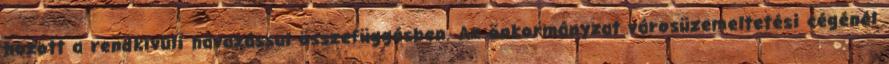
hozott a rendkívüli havazással összefüggésben. Az önkormányzat városüzemeltetési cégénél